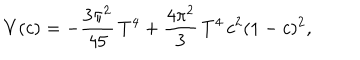
V ( c ) = - \frac { 3 \pi ^ { 2 } } { 4 5 } \, T ^ { 4 } + \frac { 4 \pi ^ { 2 } } { 3 } \, T ^ { 4 } \, c ^ { 2 } ( 1 - c ) ^ { 2 } ,